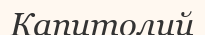
Капитолий